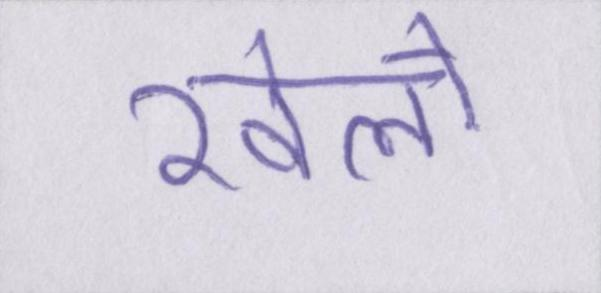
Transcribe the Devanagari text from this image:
खेलो